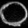
Digit: ၀